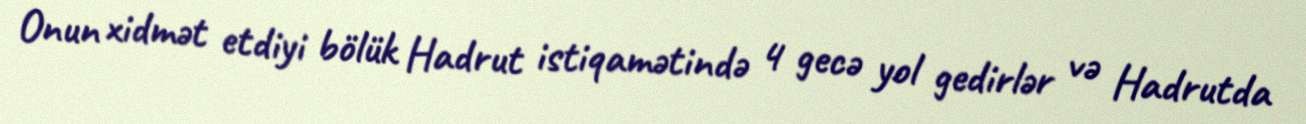
Onun xidmət etdiyi bölük Hadrut istiqamətində 4 gecə yol gedirlər və Hadrutda